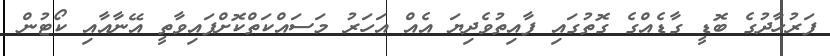
ފަރުހާދުގެ ބޮޑީ ގާޑެއްގެ ގޮތުގައި ފާއިތުވެދިޔަ އެއް އަހަރު މަސައްކަތްކޮށްފައިވާތީ އޭނާއާއި ކޯޓުން